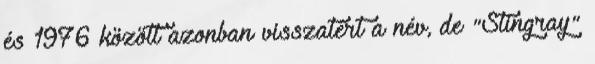
és 1976 között azonban visszatért a név, de "Stingray"